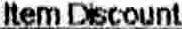
ITEM DISCOUNT